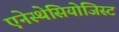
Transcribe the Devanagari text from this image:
एनेस्थेसियोजिस्ट